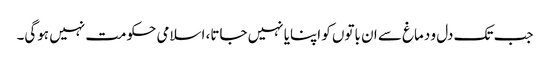
جب تک دل و دماغ سے ان باتوں کو اپنایا نہیں جاتا، اسلامی حکومت نہیں ہوگی۔